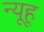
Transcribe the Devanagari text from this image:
न्यूहू